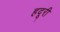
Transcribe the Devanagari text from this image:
हदूरी